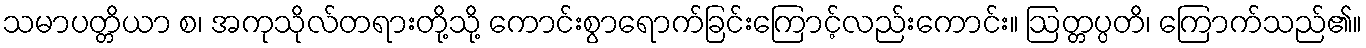
သမာပတ္တိယာ စ၊ အကုသိုလ်တရားတို့သို့ ကောင်းစွာရောက်ခြင်းကြောင့်လည်းကောင်း။ ဩတ္တပ္ပတိ၊ ကြောက်သည်၏။